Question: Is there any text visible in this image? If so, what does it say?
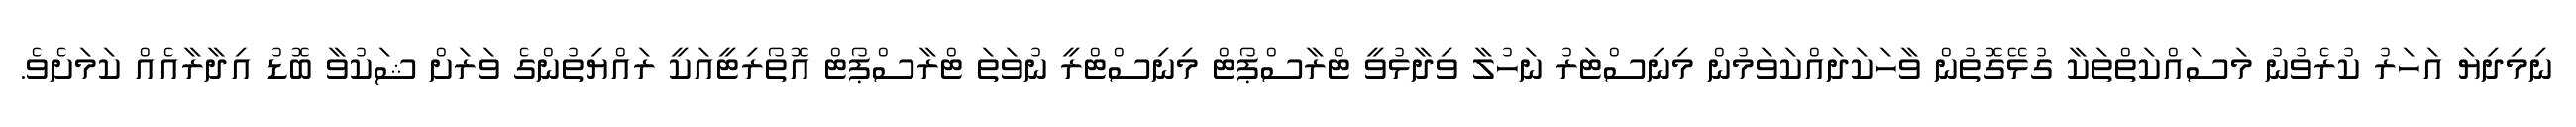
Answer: ނިމިދިޔަ އަހަރު ކުރެވުނު މަސައްކަތްތަކާ ގުޅޭގޮތުން ވާހަކަދައްކަވަމުން މިނިސްޓަރު ނަހުލާ ވިދާޅުވީ ޓްރާސްޕޯޓް މިނިސްޓްރީ ނުވަތަ ޓްރާސްޕޯޓް އޮތޯރިޓީއަކީ ރައްޔިތުންގެ ވަރަށް ޝަކުވާ ބޮޑު އިދާރާއެއް ކަމަށެވެ.